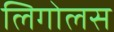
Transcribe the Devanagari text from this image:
लिगोलस